Lock hospitals Punjab
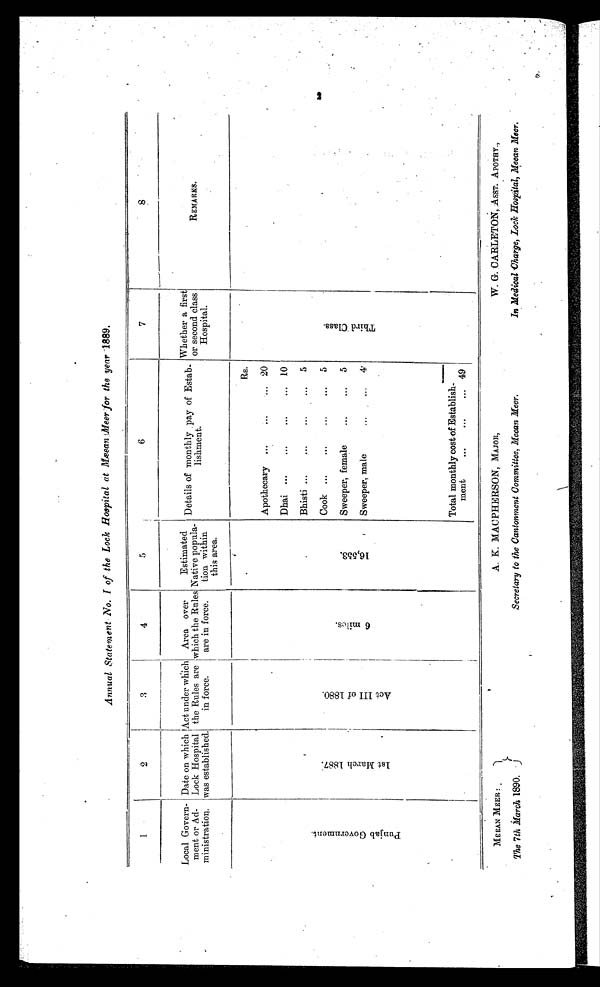
Annual Statement No. I of the Lock Hospital at Meean . Meer for the year 1889.
1
2
3
4
5
6
7
8
Local Govern-
ment or Ad-
ministration.
Date on which
Lock Hospital
was established.
A c t u n d e r w h i c h
the Rules are
in force.
Area over
which the Rules
are in force.
Estimated
Native popula-
tion within
this area.
Details of monthly pay of Estab–
lishment.
Whether a first
or second class
Hospital.
REMARKS.
P u n j a b G o v e r n m e n t .
1 M a r c h 1 8 8 7 .
A c t I I I o f 1 8 8 0 .
6 m i l e s .
1 6 , 5 5 3 .
Rs.
T h i r d C l a s s .
Apothecary ...
...
. . . 20
Dhai ...
...
...
... 10
Bhisti ...
...
...
5
Cook ...
...
...
...
5
Sweeper, female
...
...
5
Sweeper, male
...
. . .
4
Total monthly cost of Establish-
ment
...
...
... 49
•
2
ME EAN MEER :
The 7th March 1890.
A. K. MACPHERSON, MAJOR,
Secretary to the Cantonment Committee, Meean Meer.
W. G. CARLETON, ASST. APOTHY.,
In Medical Charge, Lock Hospital, Meean Meer.